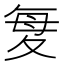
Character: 𫯋